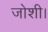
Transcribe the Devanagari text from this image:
जोशी।